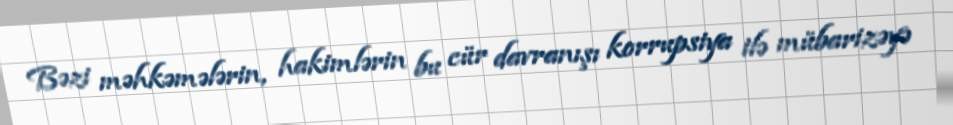
Bəzi məhkəmələrin, hakimlərin bu cür davranışı korrupsiya ilə mübarizəyə